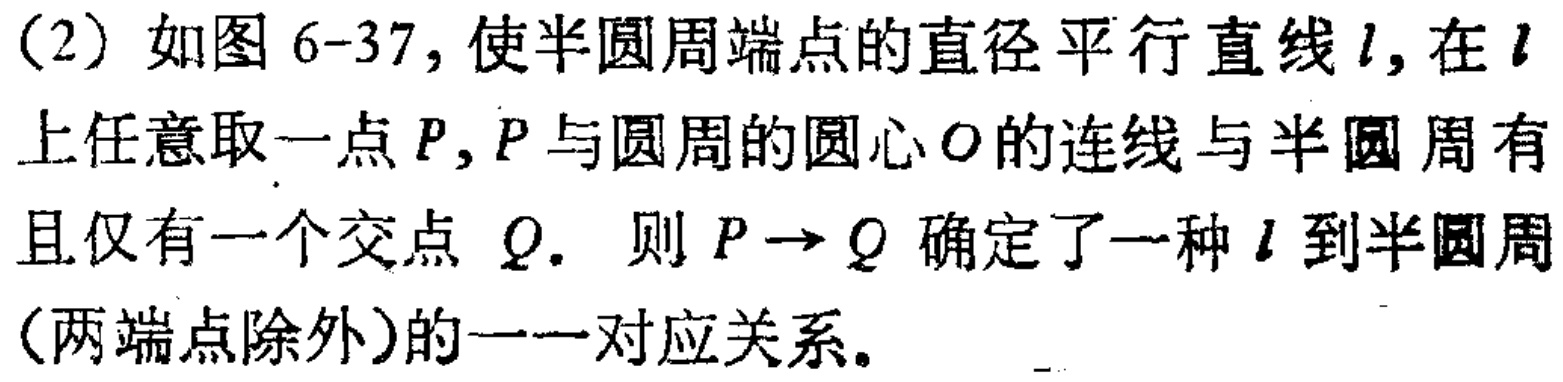
(2) 如图 6-37, 使半圆周端点的直径平行直线\(l\), 在\(l\)上任意取一点\(P\), \(P\)与圆周的圆心\(O\)的连线与半圆周有且仅有一个交点 \(Q\). 则 \(P\rightarrow Q\) 确定了一种 \(l\) 到半圆周 (两端点除外)的一一对应关系.